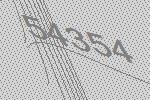
54354